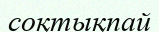
соқтықпай